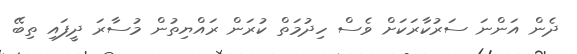
ދެން އަންނަ ސަރުކާރަކަށް ވެސް ހިދުމަތް ކުރަން ރައްޔިތުން މުސާރަ ދީފައި ތިބޭ